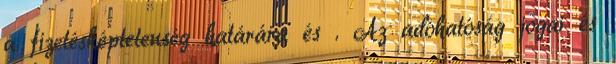
a fizetésképtelenség határára és . Az adóhatóság jogai és